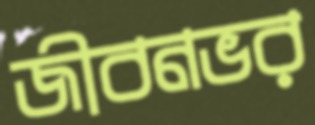
জীবনভর